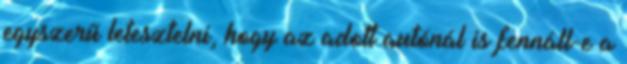
egyszerű letesztelni, hogy az adott autónál is fennáll-e a